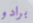
برادو